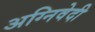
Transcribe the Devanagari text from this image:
अग्निवेदी